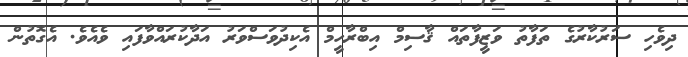
ދިވެހި ސަރުކާރުގެ ތަފާތު ވަޒީފާތައް ޤާސިމް އިބްރާހީމް އެކިދުވަސްވަރު އަދާކުރައްވާފައި ވެއެވެ. އެގޮތުން